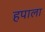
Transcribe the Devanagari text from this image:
हपाला